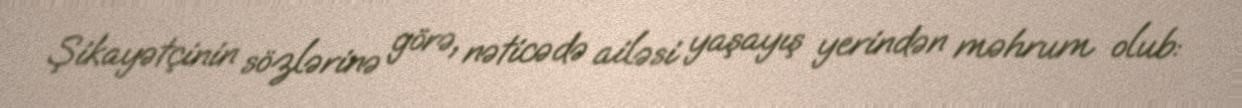
Şikayətçinin sözlərinə görə, nəticədə ailəsi yaşayış yerindən məhrum olub: